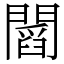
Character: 𨶒